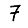
Digit: 7